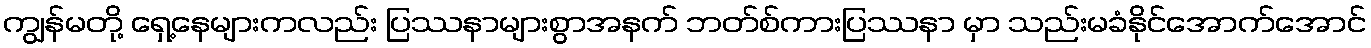
ကျွန်မတို့ ရှေ့နေများကလည်း ပြဿနာများစွာအနက် ဘတ်စ်ကားပြဿနာ မှာ သည်းမခံနိုင်အောက်အောင်